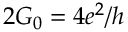
2 G _ { 0 } = 4 e ^ { 2 } / h